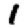
Digit: 1